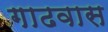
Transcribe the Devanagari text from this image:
गाढवास